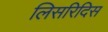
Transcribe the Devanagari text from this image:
लिसरिदिस